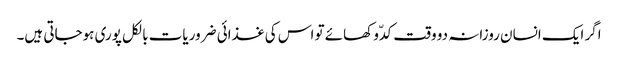
اگر ایک انسان روزانہ دو وقت کدّو کھائے تو اس کی غذائی ضروریات بالکل پوری ہوجاتی ہیں۔